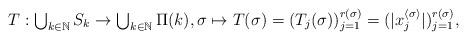
LaTeX: \begin{align*}\mbox{$T:\bigcup_{k\in\mathbb{N}}S_k\to \bigcup_{k\in\mathbb{N}}\Pi(k)$},\sigma\mapsto T(\sigma)=(T_j(\sigma))_{j=1}^{r(\sigma)}=(|x_j^{\langle\sigma\rangle}|)_{j=1}^{r(\sigma)},\end{align*}